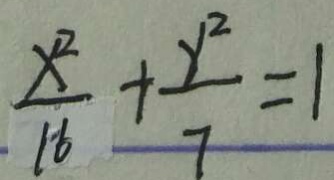
\frac { x ^ { 2 } } { 1 6 } + \frac { y ^ { 2 } } { 7 } = 1